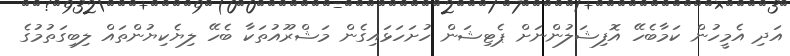
އަދި އެމީހުން ކަމާބެހޭ އޮފިޝަލުންނަށް ޕެޓިޝަން ހުށަހަޅައިގެން މަޝްރޫއުތަކާ ބެހޭ ލިޔެކިޔުންތައް ލިބިގަތުމުގެ